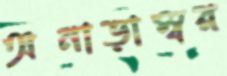
অনাড়াম্বর